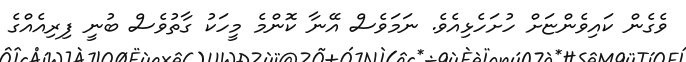
ވެގެން ކައިވެންޏަށް ހުށަހެޅިއެވެ. ނަމަވެސް އޭނާ ކޮންމެ މީހަކު ގާތުވެސް ބުނީ ފިރިއެއްގެ